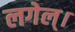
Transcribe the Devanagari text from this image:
लगेल्।